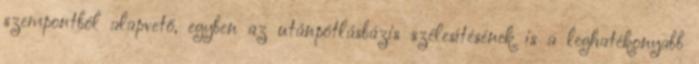
szempontból alapvető, egyben az utánpótlásbázis szélesítésének is a leghatékonyabb